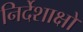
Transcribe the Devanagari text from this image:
निर्देशाक्षों